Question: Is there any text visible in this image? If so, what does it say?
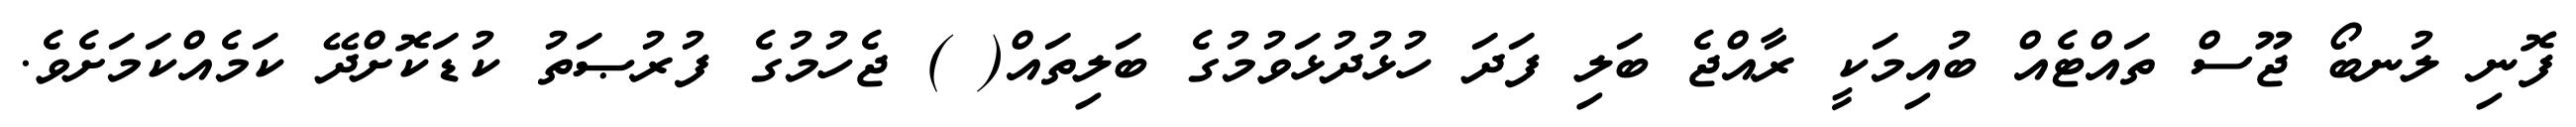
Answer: ފޮނި ލުނބޯ ޖޫސް ތައްޓެއް ބުއިމަކީ ރާއްޖެ ބަލި ފަދަ ހުޅުދުޅަވުމުގެ ބަލިތައް( ) ޖެހުމުގެ ފުރުޞަތު ކުޑަކޮށްދޭ ކަމެއްކަމަށެވެ.